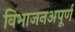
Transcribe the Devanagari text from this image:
विभाजनअपूर्ण